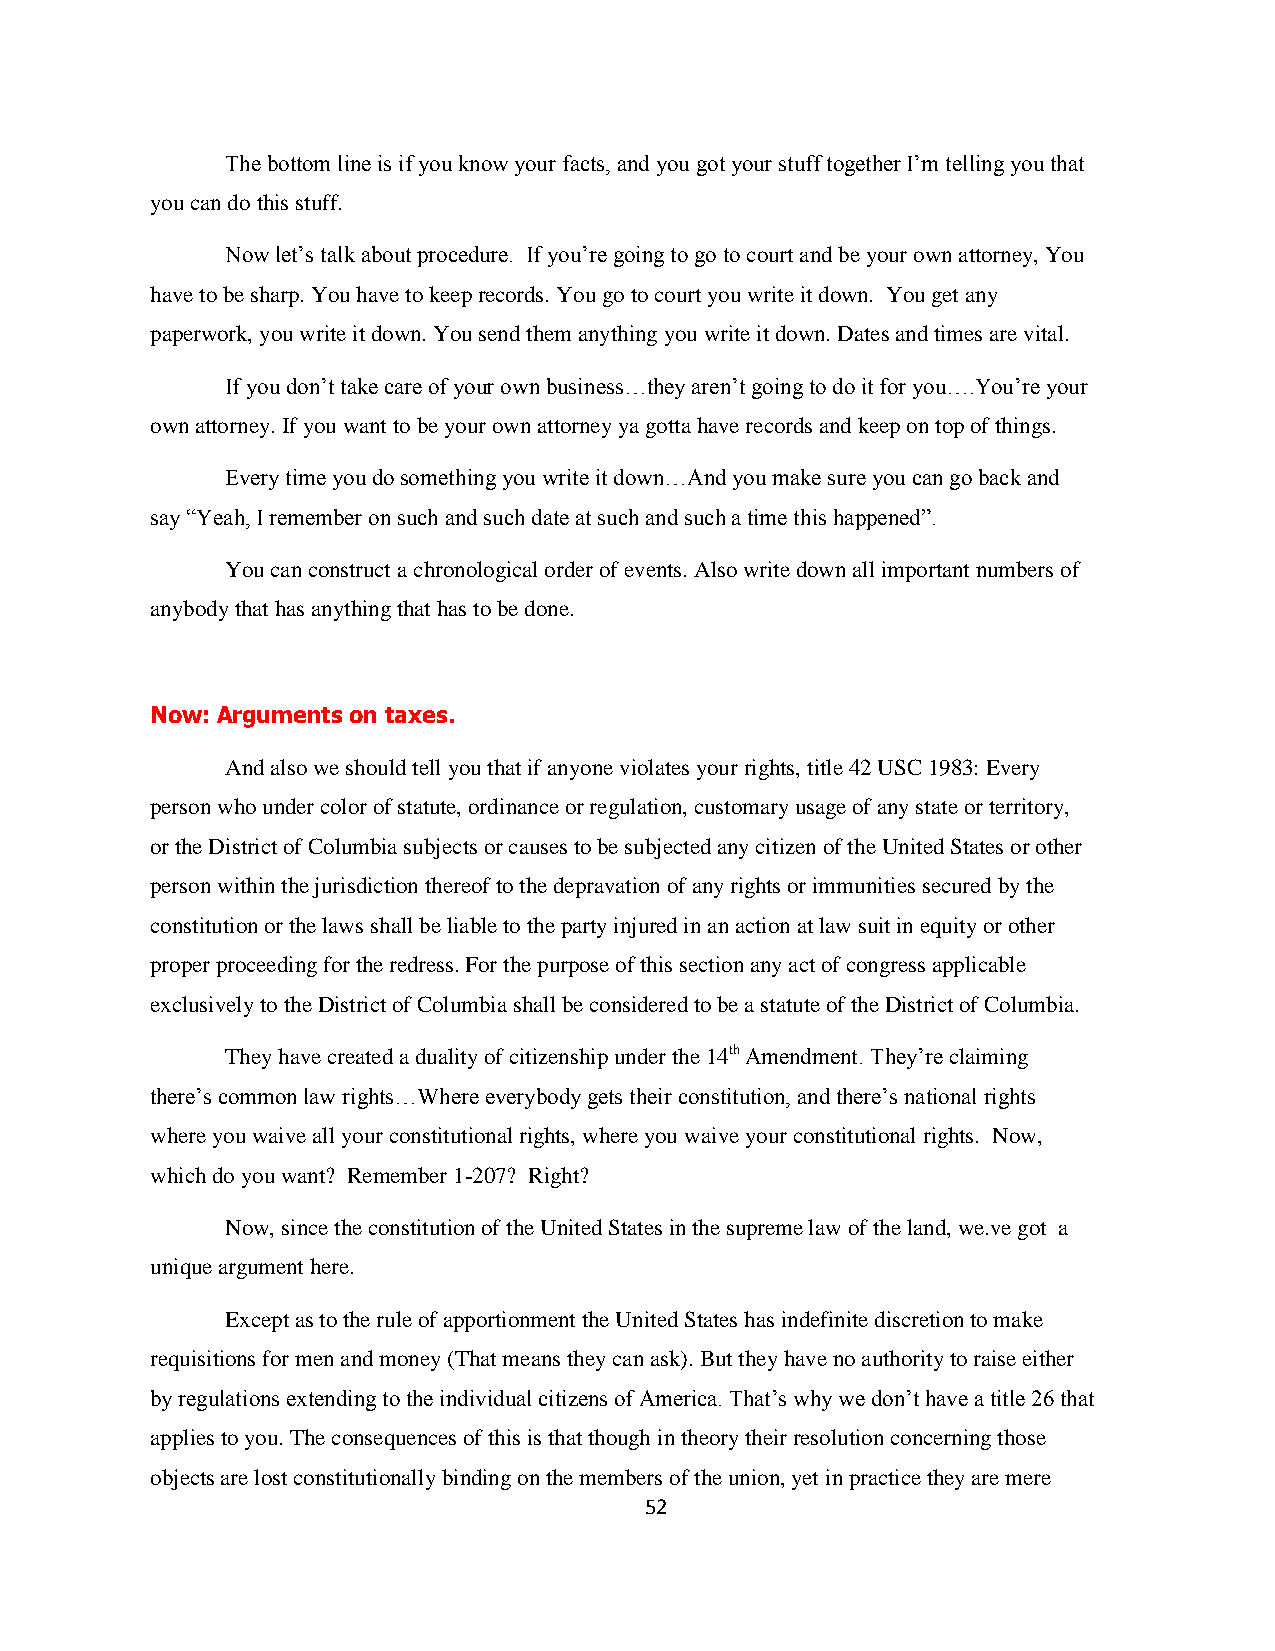
The bottom line is if you know your facts, and you got your stuff together I‟m telling you that
 you can do this stuff.
 Now let‟s talk about procedure. If you‟re going to go to court and be your own attorney, You
 have to be sharp. You have to keep records. You go to court you write it down. You get any
 paperwork, you write it down. You send them anything you write it down. Dates and times are vital.
 If you don‟t take care of your own business…they aren‟t going to do it for you….You‟re your
 own attorney. If you want to be your own attorney ya gotta have records and keep on top of things.
 Every time you do something you write it down…And you make sure you can go back and
 say “Yeah, I remember on such and such date at such and such a time this happened”.
 You can construct a chronological order of events. Also write down all important numbers of
 anybody that has anything that has to be done.
 Now: Arguments on taxes.
 And also we should tell you that if anyone violates your rights, title 42 USC 1983: Every
 person who under color of statute, ordinance or regulation, customary usage of any state or territory,
 or the District of Columbia subjects or causes to be subjected any citizen of the United States or other
 person within the jurisdiction thereof to the depravation of any rights or immunities secured by the
 constitution or the laws shall be liable to the party injured in an action at law suit in equity or other
 proper proceeding for the redress. For the purpose of this section any act of congress applicable
 exclusively to the District of Columbia shall be considered to be a statute of the District of Columbia.
 They have created a duality of citizenship under the 14th Amendment. They‟re claiming
 there‟s common law rights…Where everybody gets their constitution, and there‟s national rights
 where you waive all your constitutional rights, where you waive your constitutional rights. Now,
 which do you want? Remember 1-207? Right?
 Now, since the constitution of the United States in the supreme law of the land, we.ve got a
 unique argument here.
 Except as to the rule of apportionment the United States has indefinite discretion to make
 requisitions for men and money (That means they can ask). But they have no authority to raise either
 by regulations extending to the individual citizens of America. That‟s why we don‟t have a title 26 that
 applies to you. The consequences of this is that though in theory their resolution concerning those
 objects are lost constitutionally binding on the members of the union, yet in practice they are mere
 52